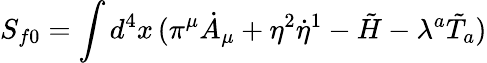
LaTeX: S_{f0}=\int d^{4}x\, (\pi^{\mu}\dot{A}_{\mu}+\eta^{2}\dot{\eta}^{1}-\tilde{H}-\lambda^{a}\tilde{T}_{a})